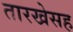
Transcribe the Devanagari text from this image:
तारखेसह